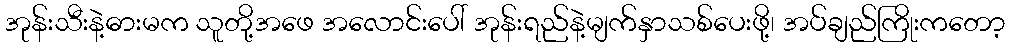
အုန်းသီးနဲ့ဓားမက သူတို့အဖေ အလောင်းပေါ် အုန်းရည်နဲ့မျက်နှာသစ်ပေးဖို့၊ အပ်ချည်ကြိုးကတော့